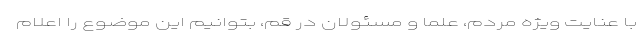
با عنایت ویژه مردم، علما و مسئولان در قم، بتوانیم این موضوع را اعلام